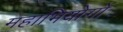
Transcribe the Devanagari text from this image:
महाभियोगों